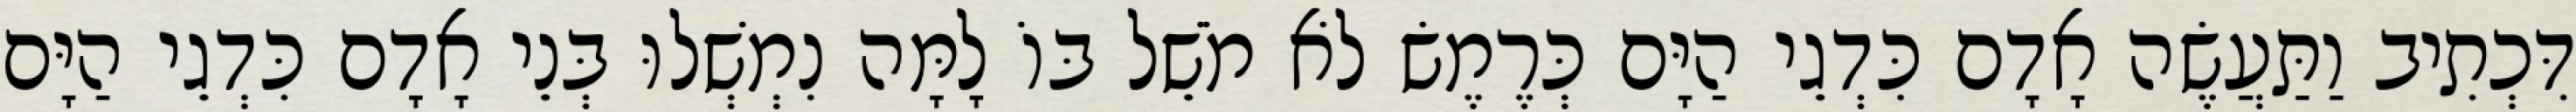
דִּכְתִיב וַתַּעֲשֶׂה אָדָם כִּדְגֵי הַיָּם כְּרֶמֶשׂ לֹא מֹשֵׁל בּוֹ לָמָּה נִמְשְׁלוּ בְּנֵי אָדָם כִּדְגֵי הַיָּם